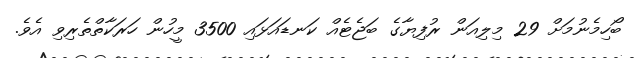
ބޯހިމެނުމަށް 29 މިލިއަން ރުފިޔާގެ ބަޖެޓެއް ކަނޑައަޅައި 3500 މީހުން ހަރަކާތްތެރިވި އެވެ.